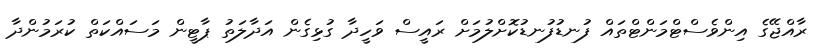
ރާއްޖޭގެ އިންވެސްޓްމަންޓްތައް ފުނޑުފުނޑުކޮށްލުމަށް ރައީސް ވަހީދާ ގުޅިގެން އަދާލަތު ޕާޓީން މަސައްކަތް ކުރަމުންދާ